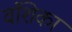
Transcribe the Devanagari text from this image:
वंशिका